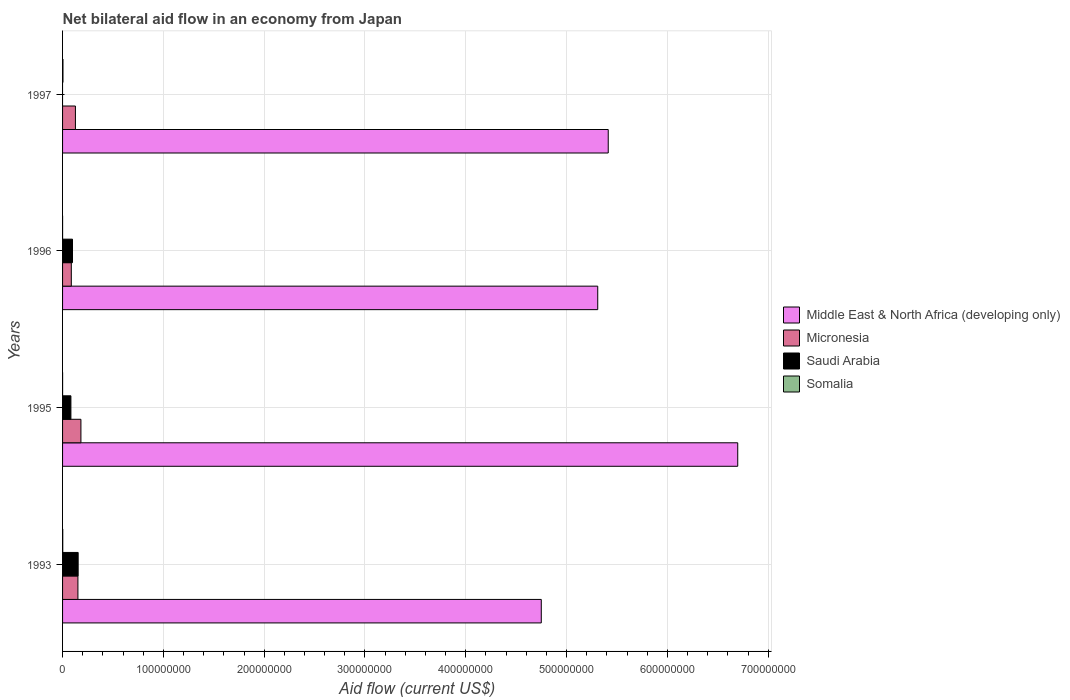
| Years | Middle East & North Africa (developing only) | Micronesia | Saudi Arabia | Somalia |
 | --- | --- | --- | --- | --- |
 | 1993 | 4.75e+08 | 1.52e+07 | 1.55e+07 | 1.8e+05 |
 | 1995 | 6.7e+08 | 1.82e+07 | 8.28e+06 | 2e+04 |
 | 1996 | 5.31e+08 | 8.67e+06 | 9.85e+06 | 1e+04 |
 | 1997 | 5.41e+08 | 1.28e+07 | -4.78e+06 | 4e+05 |